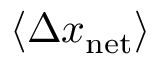
\left\langle \Delta x _ { \mathrm { n e t } } \right\rangle